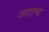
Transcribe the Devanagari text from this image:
जादाचा